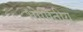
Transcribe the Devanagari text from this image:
भोमितीय